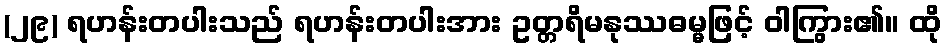
(၂၉) ရဟန်းတပါးသည် ရဟန်းတပါးအား ဥတ္တရိမနုဿဓမ္မဖြင့် ဝါကြွား၏။ ထို